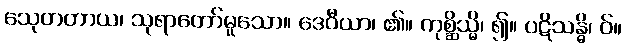
သေုတတာယ၊ သုရာတော်မူသော။ ဒေဝီယာ၊ ၏။ ကုစ္ဆိသ္မိ၊ ၍။ ပဋိသန္ဓိ၊ ဝ်။